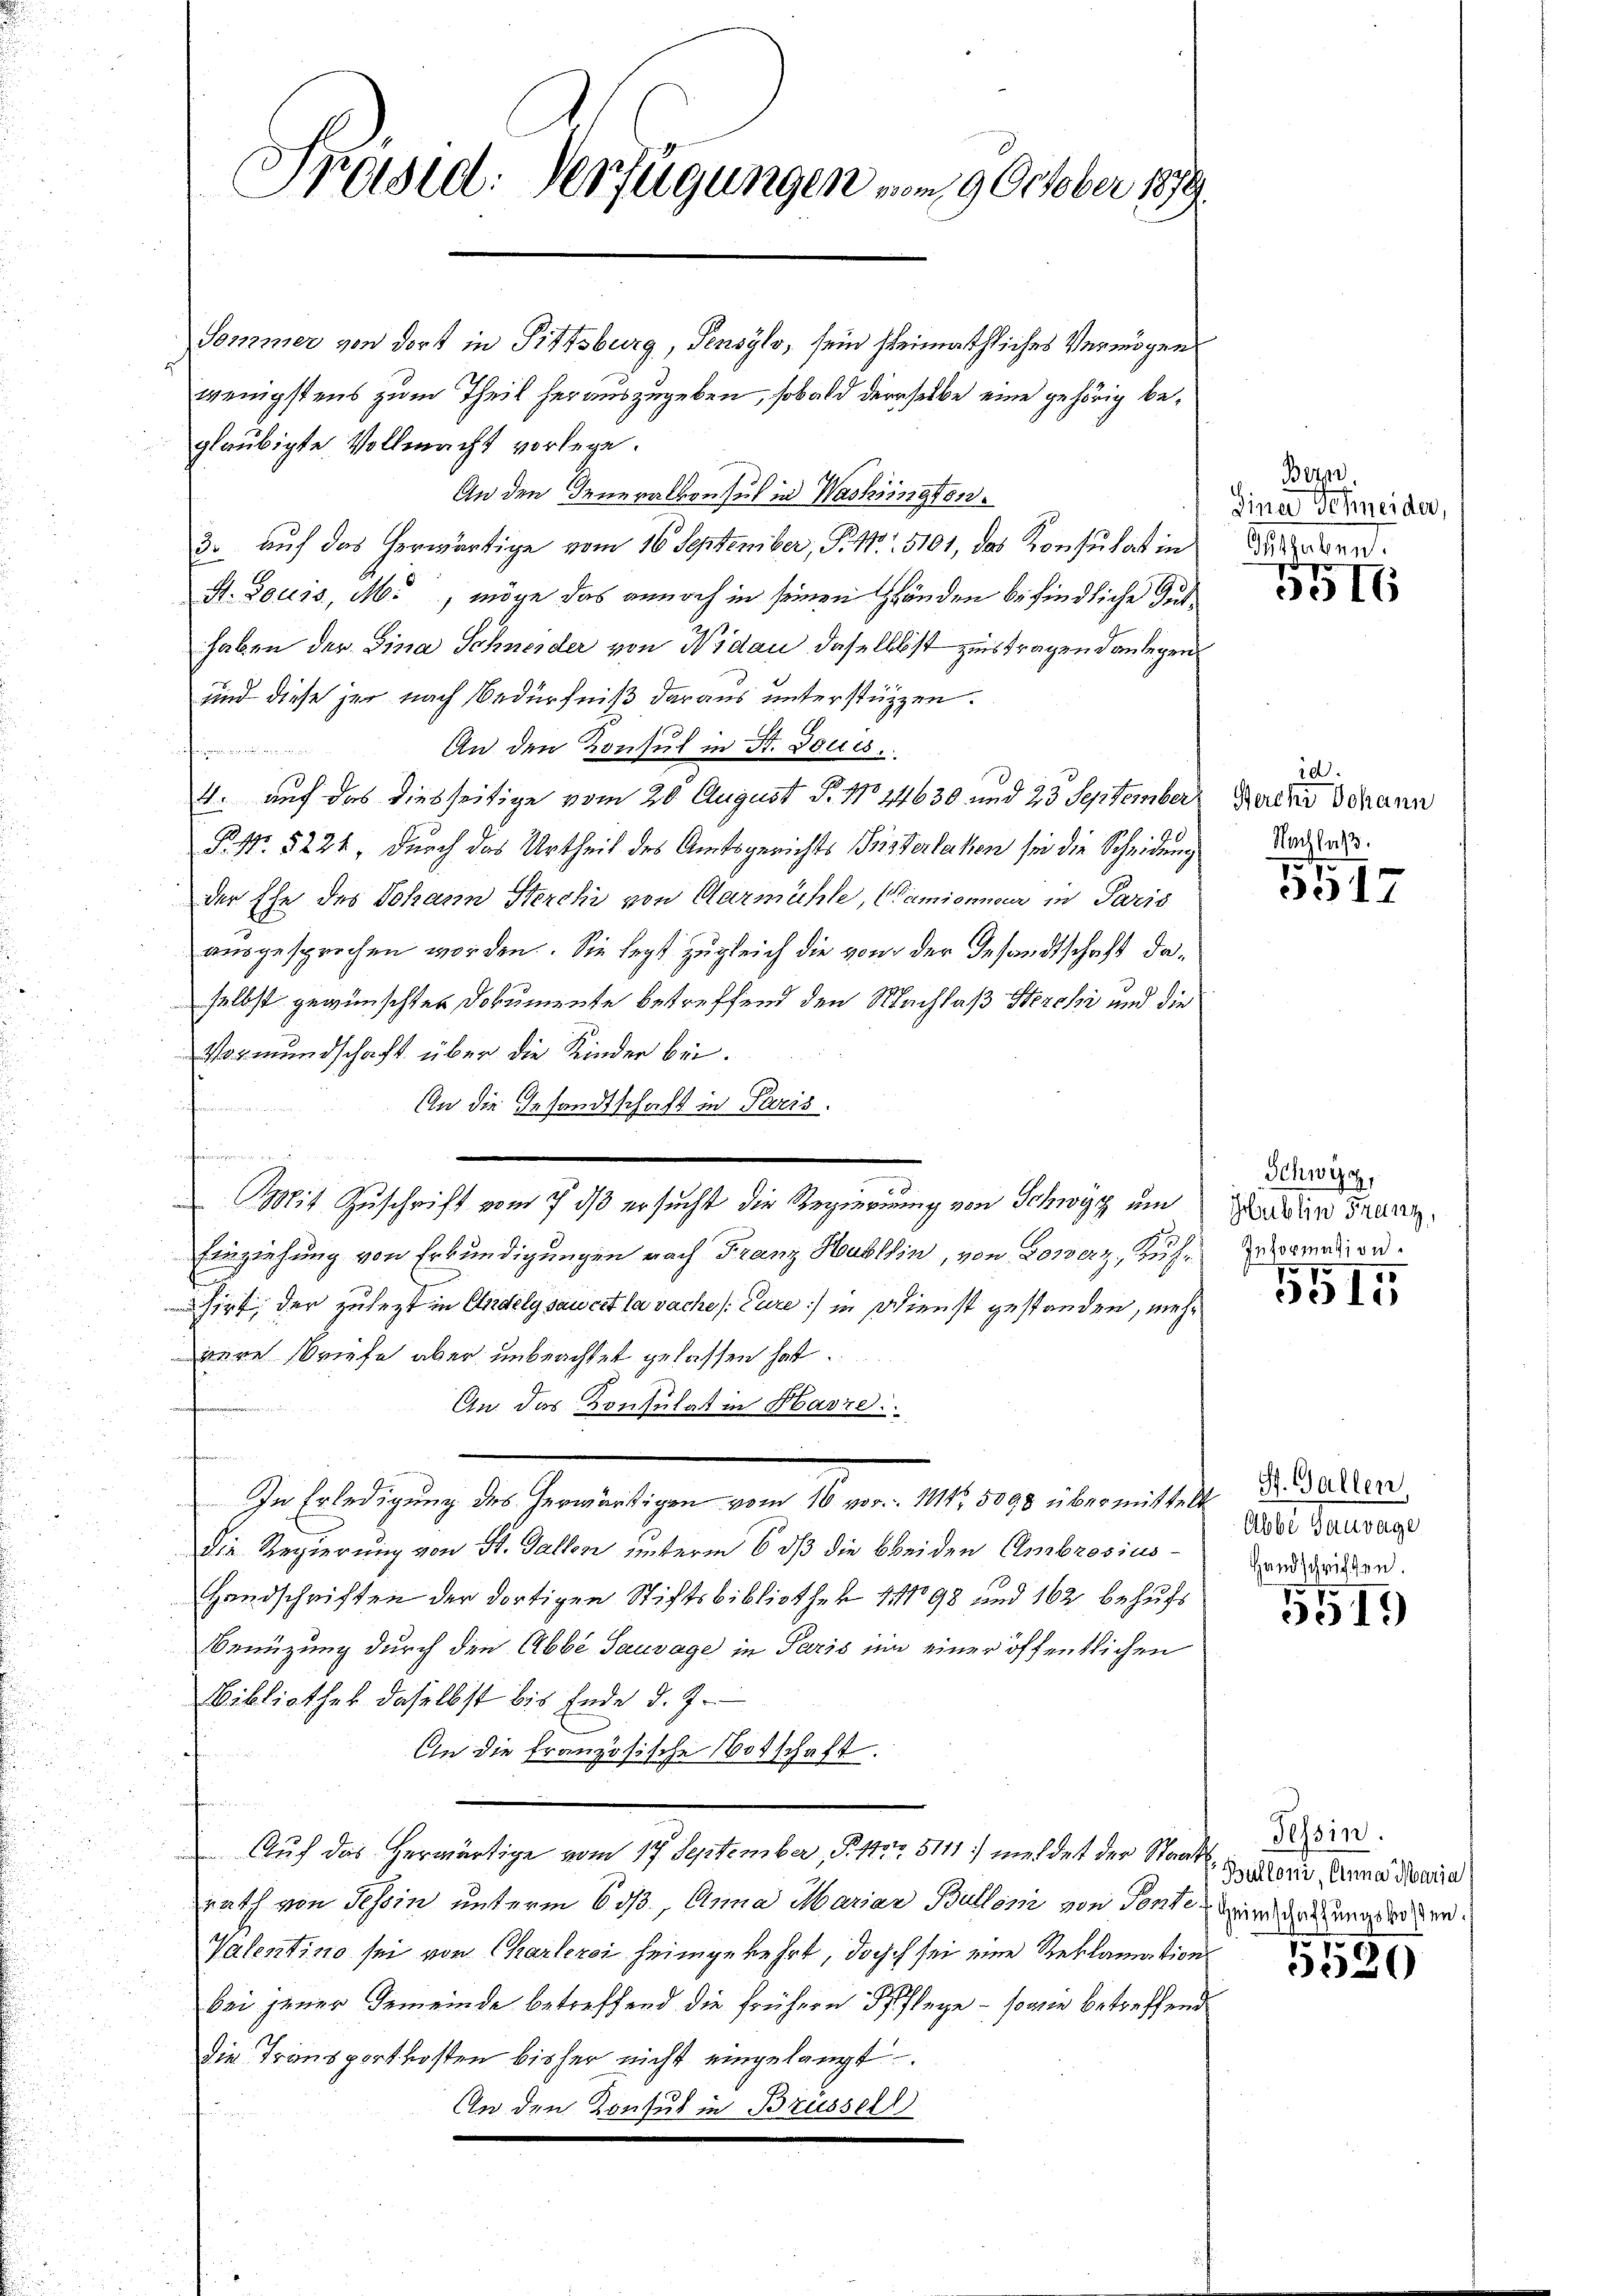
Präsid. Verfügungen am 9. October 1899

Sommer von dort in Pittsburg, Pensylo, sein sheimathliches Vermögens
wenigstens zum Theil herauszugeben, sobald derselbe eine gehörig beglaubigte Vollmacht vorlege.
An den Generalben sul in Washingten.
3. Aŭf das herwärtige vom 16. September, P. Nr. 5101, das Konsulat in
St. Louis, M., möge das annoch in seinen Händen befindliche Guthaben der Lina Schneider von Widau, daselbst zustragen danlegen
und diese je nach Bedürfniß daraus unterstützen.
An den Konsul in St. Louis.
ekernemen einen, wie war, we
u
4. auf das diesseitige vom 20. August v. No. 24630 und 23 September
P. Nr. 5224, durch das Urtheil des Amtsgerichts Fristerlaken sei die Scheidung
der Ehe des Johann Sterchi von Aarmühle, (Tamionneur in Paris
ausgesprochen worden. Sie legt zugleich die von der Gesandtschaft daselbst gewünschter Dokumente betreffend den Nachlaß Sterchi und die
Vormundschaft über die Kinder bei.
n
An die Gesandtschaft in Paris.
.
Einziehung von Erkundigungen nach Franz Kublin, von Lowerz, Kühf
hirt, der zulezt in Andelgsawert la vache Eure :/ in Dienst gestanden, mehwere Briefe aber unbeachtet gelassen hat.
An das Konsulat in Harre
nanfermorden.
In Erledigung des herwärtigen vom 16 vor 1114, 5098 übermittelt der daher
Die Regierung von St. Gallen unterm 6 dß die beiden Ambrosius-
Handschriften der dortigen Stiftsbibliothek 498 und 162 behufs
Benüzung durch den Abbe Sauvage in Paris im einer öffentlichen
Bibliothek daselbst bis Ende d. J.
An die französische Botschaft.
Auf das herwärtige vom 17. September, S. 115r 5111) meldet der Staats in
rath von Tessin unterm 653, Anna Mariar Bulloni von Ponte er das geden.
Valentino sei von Charlerei heimgekehrt, doch sei eine Reklamation
bei jener Gemeinde betreffend die frühern Pflege – sowie betreffend
die Transportkosten bisher nicht eingelangt
An den Konsul in Brüssell

Mit Zuschrift vom 7 dß ersucht die Regierung von Schwyz um

o

Bern,
Diner Schneider,
Guthaben.

5516

10
Herche Johann
Nachlaß.

5517

Schwyz,
Hublin Franz,
Information.

5515

Abbe Sauwage
Handschriften.

5519)

Bulloni, Anna Maria

155520